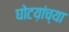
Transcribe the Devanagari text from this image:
घोटय़ांच्या